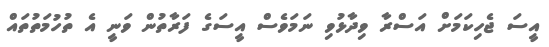
އީސަ ޖެހިކަމަށް އަސްރާ ވިދާޅުވި ނަމަވެސް އީސަގެ ފަރާތުން ވަނީ އެ ތުހުމަތުތައް